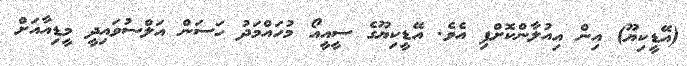
(އޭޑީކިިޔޫ) އިން އިއުލާންކޮށްފި އެވެ. އޭޑީކިިޔޫގެ ސީއީއޯ މުހައްމަދު ހަސަން އަލްސުވައިދީ މީޑިއާއަށް